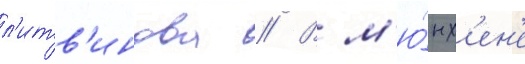
л'итв'инова // В м'ю́нх'ен'е